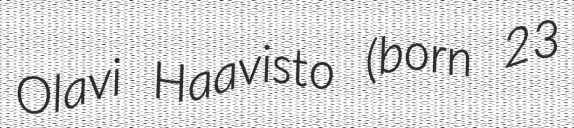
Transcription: Olavi Haavisto (born 23